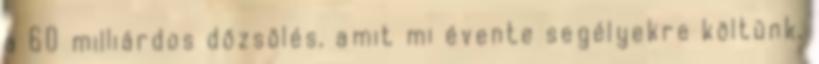
a 60 milliárdos dőzsölés, amit mi évente segélyekre költünk,